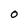
Character: O